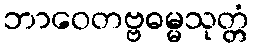
ဘာဝေတဗ္ဗဓမ္မသုတ္တံ